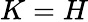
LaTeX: K=H